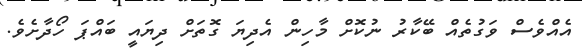
އެއްވެސް ވަގުތެއް ބޭކާރު ނުކޮށް މާހިން އެދިޔަ ގޮތަށް ދިޔައީ ބައްޕަ ހޯދާށެވެ.